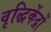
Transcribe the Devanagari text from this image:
वृद्धिकेंद्रों